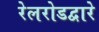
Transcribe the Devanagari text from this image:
रेलरोडद्वारे